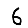
Digit: 6